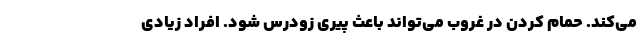
می‌کند. حمام کردن در غروب می‌تواند باعث پیری زودرس شود. افراد زیادی